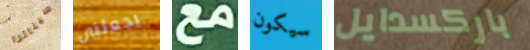
سيناترا يجعلنى مع سيكون باركسدايل